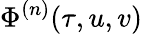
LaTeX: \Phi^{(n)}(\tau,u,v)